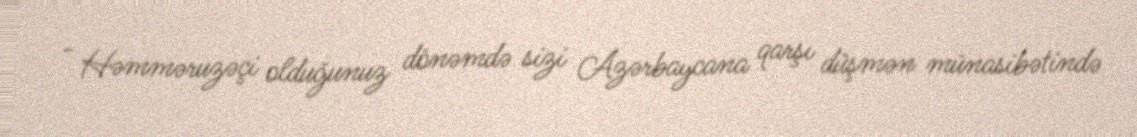
- Həmməruzəçi olduğunuz dönəmdə sizi Azərbaycana qarşı düşmən münasibətində